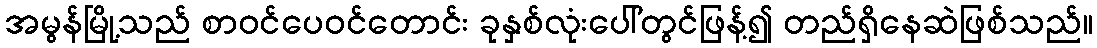
အမွန်မြို့သည် စာဝင်ပေဝင်တောင်း ခုနှစ်လုံးပေါ်တွင်ဖြန့်၍ တည်ရှိနေဆဲဖြစ်သည်။